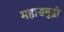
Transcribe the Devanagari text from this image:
महासमुद्री